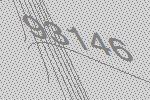
93146